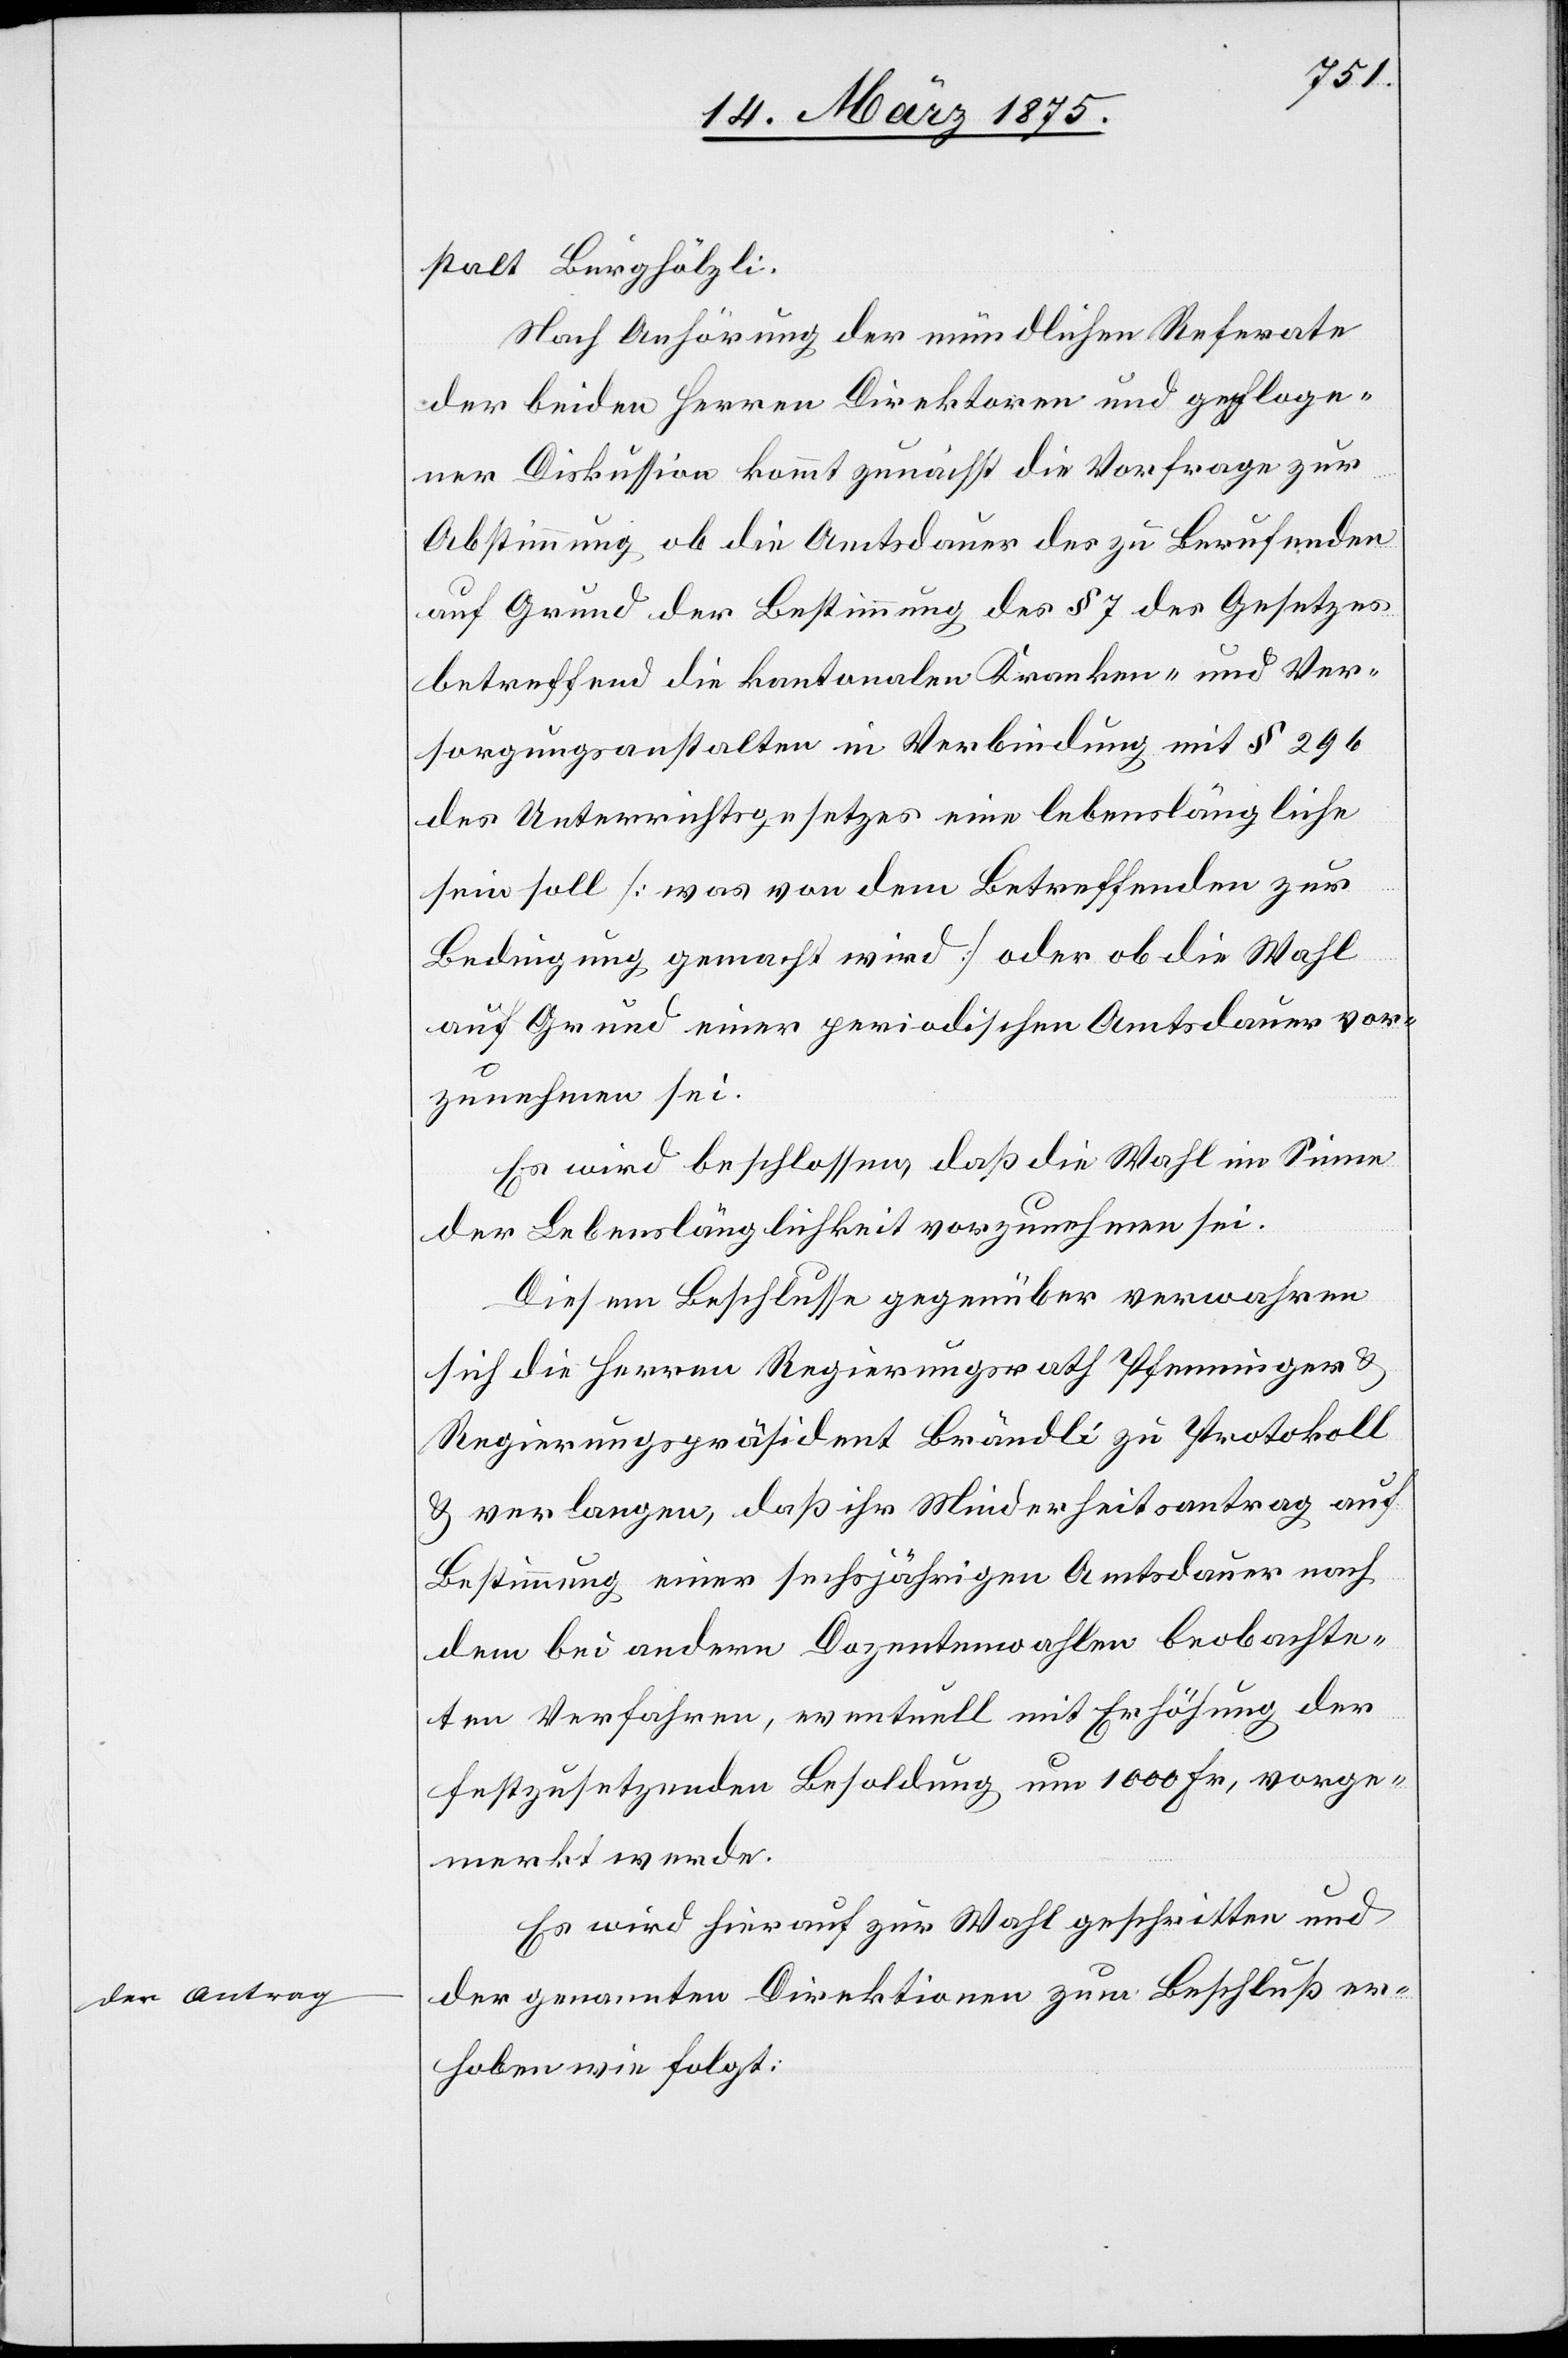
der Antrag

sich¬
stalt Burghölzli.
Nach Anhörung der mündlichen Referate
der beiden Herren Direktoren und gepfloge¬
ner Diskussion kommt zunächst die Vorfrage zur
Abstimmung ob die Amtsdauer der zu Berufenden
auf Grund der Bestimmung der § 7 des Gesetzes
betreffend die kantonalen Kranken- und Ver¬
erungsanstalten in Verbindung mit § 296
des Unterrichtsgesetzes eine lebenslängliche
sein soll [was von dem Betreffenden zur
Bedingung gemacht wird] oder ob die Wahl
auf Grund einer periodischen Amtsdauer vor¬
zunehmen sei.
Es wird beschlossen, daß die Wahl im Sinne
der Lebenslänglichkeit vorzunehmen sei.
Diesem Beschlusse gegenüber verwahren
sich die Herren Regierungsrath Pfenninger &
Regierungspräsident Brändli zu Protokoll
& verlangen, daß ihr Minderheitsantrag auf
Bestimmung einer sechsjährigen Amtsdauer nach
dem bei andern Dozentenwahlen beobachte¬
ten Verfahren, eventuell mit Erhöhung der
festzusetzenden Besoldung um 1000 Fr., vorge¬
merkt werde.
Es wird hierauf zur Wahl geschritten und
der genannten Direktoren zum Beschluß er¬
hoben wie folgt: